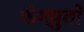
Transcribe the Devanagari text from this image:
फंग्झुवो